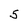
Character: 5